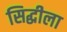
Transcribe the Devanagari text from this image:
सिद्धीला